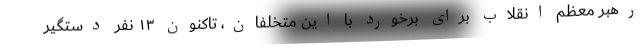
رهبر معظم انقلاب برای برخورد با این متخلفان، تاکنون ۱۳ نفر دستگیر